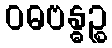
ဝဓဗန္ဓဉ္စ